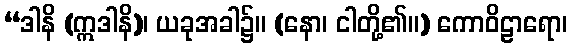
“ဒါနိ (ဣဒါနိ)၊ ယခုအခါ၌။ (နော၊ ငါတို့၏။) ကောဝိဠာရော၊